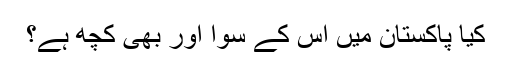
کیا پاکستان میں اس کے سوا اور بھی کچھ ہے؟